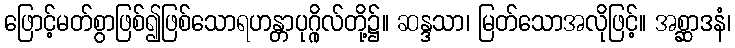
ဖြောင့်မတ်စွာဖြစ်၍ဖြစ်သောရဟန္တာပုဂ္ဂိုလ်တို့၌။ ဆန္ဒသာ၊ မြတ်သောအလိုဖြင့်။ အစ္ဆာဒနံ၊